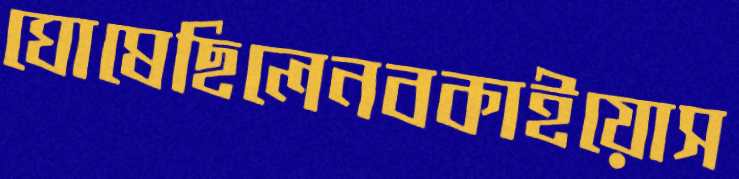
ঘোষেছিলেনবকাইয়োস